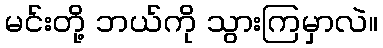
မင်းတို့ ဘယ်ကို သွားကြမှာလဲ။